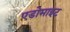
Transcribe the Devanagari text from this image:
एडोमाइट